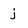
Character: j